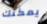
يمكنك